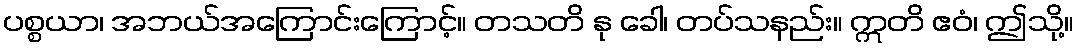
ပစ္စယာ၊ အဘယ်အကြောင်းကြောင့်။ တသတိ နု ခေါ၊ တပ်သနည်း။ ဣတိ ဧဝံ၊ ဤသို့။